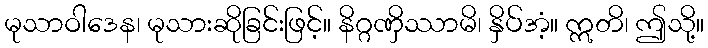
မုသာဝါဒေန၊ မုသားဆိုခြင်းဖြင့်။ နိဂ္ဂဏှိဿာမိ၊ နှိပ်အံ့။ ဣတိ၊ ဤသို့။